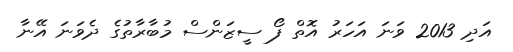
އަދި 2013 ވަނަ އަހަރު އޮތް ފޯ ސީޒަންސް މުބާރާތުގެ ދެވަނަ އޭނާ